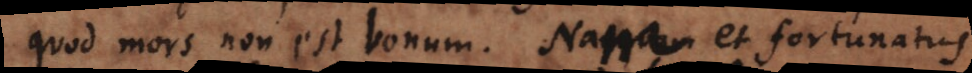
quod mors non est bonum. Nam et fortunatus